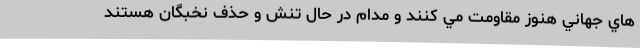
هاي جهاني هنوز مقاومت مي كنند و مدام در حال تنش و حذف نخبگان هستند